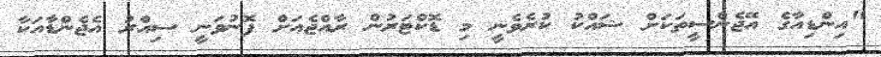
"އިންޑިއާގެ އޭޖެންސީތަކަށް ޝައްކު ކުރެވެނީ މި ޑޮކްޓަރުން ރާއްޖެއަށް ފޮނުވަނީ ސިއްރު އެޖެންޑާއަކާ